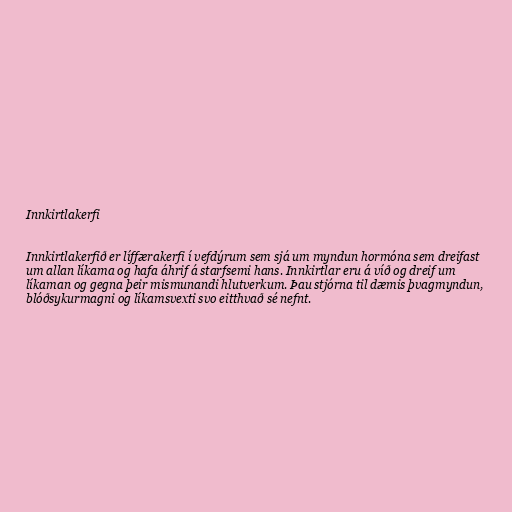
Innkirtlakerfi

Innkirtlakerfið er líffærakerfi í vefdýrum sem sjá um myndun hormóna sem dreifast
um allan líkama og hafa áhrif á starfsemi hans. Innkirtlar eru á víð og dreif um
líkaman og gegna þeir mismunandi hlutverkum. Þau stjórna til dæmis þvagmyndun,
blóðsykurmagni og líkamsvexti svo eitthvað sé nefnt.